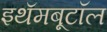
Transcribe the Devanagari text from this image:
इथॅमबूटॉल